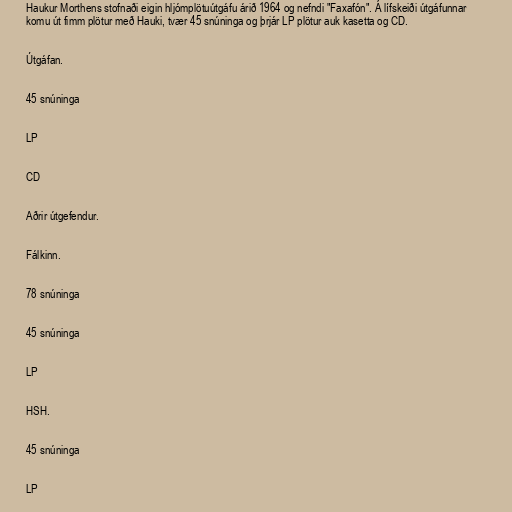
Haukur Morthens stofnaði eigin hljómplötuútgáfu árið 1964 og nefndi "Faxafón". Á lífskeiði útgáfunnar
komu út fimm plötur með Hauki, tvær 45 snúninga og þrjár LP plötur auk kasetta og CD.

Útgáfan.

45 snúninga

LP

CD

Aðrir útgefendur.

Fálkinn.

78 snúninga

45 snúninga

LP

HSH.

45 snúninga

LP